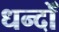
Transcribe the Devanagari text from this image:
धन्दोँ